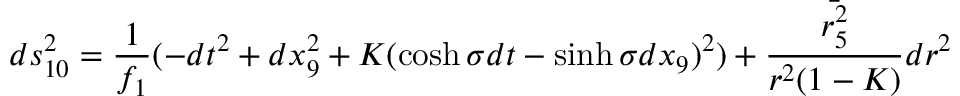
d s _ { 1 0 } ^ { 2 } = \frac { 1 } { f _ { 1 } } ( - d t ^ { 2 } + d x _ { 9 } ^ { 2 } + K ( \cosh \sigma d t - \sinh \sigma d x _ { 9 } ) ^ { 2 } ) + \frac { \bar { r _ { 5 } ^ { 2 } } } { r ^ { 2 } ( 1 - K ) } d r ^ { 2 }